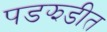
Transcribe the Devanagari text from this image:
पडझडीत